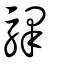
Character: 驛